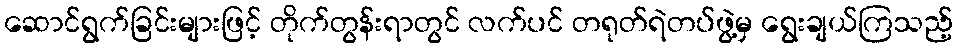
ဆောင်ရွက်ခြင်းများဖြင့် တိုက်တွန်းရာတွင် လက်ပင် တရုတ်ရဲတပ်ဖွဲ့မှ ရွေးချယ်ကြသည့်